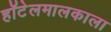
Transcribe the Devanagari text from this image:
हॉटेलमालकाला